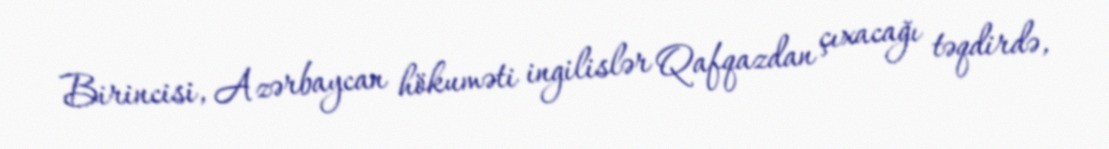
Birincisi, Azərbaycan hökuməti ingilislər Qafqazdan çıxacağı təqdirdə,